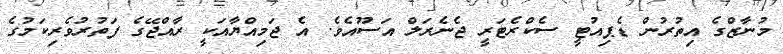
މުނާޒްގެ އިތުރުން ޑެޕިއުޓީ ސެކްރެޓަރީ ޖެނެރަލް އަސޫއެވެ. އެ ޖަމިއްޔާއަކީ ރާއްޖޭގެ ފަތުރުވެރިކަމުގެ